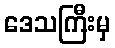
ဒေသကြီးမှ